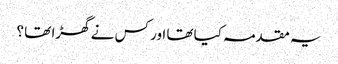
یہ مقدمہ کیا تھا اور کس نے گھڑا تھا ؟